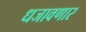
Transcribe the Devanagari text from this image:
धजावणार